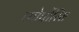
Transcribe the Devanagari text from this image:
कोर्पोरिस